Lunatic asylums Central Provinces reports 1895-1909 - 1895-1909
Year: 1895
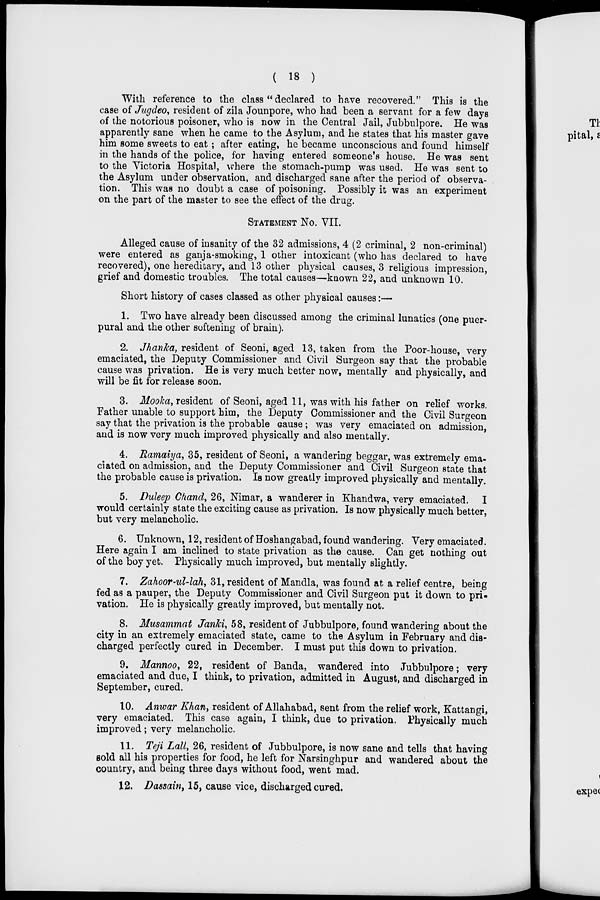
( 18 )
With reference to the class " declared to have recovered." This is the
case of Jugdeo, resident of zila Jounpore, who had been a servant for a few days
of the notorious poisoner, who is now in the Central Jail, Jubbulpore. He was
apparently sane when he came to the Asylum, and he states that his master gave
him some sweets to eat ; after eating, he became unconscious and found himself
in the hands of the police, for having entered someone's house. He was sent
to the Victoria Hospital, where the stomach-pump was used. He was sent to
the Asylum under observation, and discharged sane after the period of observa-
tion. This was no doubt a case of poisoning. Possibly it was an experiment
on the part of the master to see the effect of the drug.
STATEMENT No. VII.
Alleged cause of insanity of the 32 admissions, 4 (2 criminal, 2 non-criminal)
were entered as ganja-smoking, 1 other intoxicant (who has declared to have
recovered), one hereditary, and 13 other physical causes, 3 religious impression,
grief and domestic troubles. The total causes—known 22, and unknown 10.
Short history of cases classed as other physical causes:—
1. Two have already been discussed among the criminal lunatics (one puer-
pural and the other softening of brain).
2. Jhanka, resident of Seoni, aged 13, taken from the Poor-house, very
emaciated, the Deputy Commissioner and Civil Surgeon say that the probable
cause was privation. He is very much better now, mentally and physically, and
will be fit for release soon.
3. Mooka, resident of Seoni, aged 11, was with his father on relief works.
Father unable to support him, the Deputy Commissioner and the Civil Surgeon
say that the privation is the probable cause; was very emaciated on admission,
and is now very much improved physically and also mentally.
4. Ramaiya, 35, resident of Seoni, a wandering beggar, was extremely ema-
ciated on admission, and the Deputy Commissioner and Civil Surgeon state that
the probable cause is privation. Is now greatly improved physically and mentally.
5. Duleep Chand, 26, Nimar, a wanderer in Khandwa, very emaciated. I
would certainly state the exciting cause as privation. Is now physically much better,
but very melancholic.
6. Unknown, 12, resident of Hoshangabad, found wandering. Very emaciated.
Here again I am inclined to state privation as the cause. Can get nothing out
of the boy yet. Physically much improved, but mentally slightly.
7. Zahoor-ul-lah, 31, resident of Mandla, was found at a relief centre, being
fed as a pauper, the Deputy Commissioner and Civil Surgeon put it down to pri-
vation. He is physically greatly improved, but mentally not.
8. Musammat Janki, 58, resident of Jubbulpore, found wandering about the
city in an extremely emaciated state, came to the Asylum in February and dis-
charged perfectly cured in December. I must put this down to privation.
9. Mannoo, 22, resident of Banda, wandered into Jubbulpore; very
emaciated and due, I think, to privation, admitted in August, and discharged in
September, cured.
10. Anwar Khan, resident of Allahabad, sent from the relief work, Kattangi,
very emaciated. This case again, I think, due to privation. Physically much
improved; very melancholic.
11. Teji Lall, 26, resident of Jubbulpore, is now sane and tells that having
sold all his properties for food, he left for Narsinghpur and wandered about the
country, and being three days without food, went mad.
12. Dassain, 15, cause vice, discharged cured.